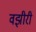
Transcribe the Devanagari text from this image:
वझीरी